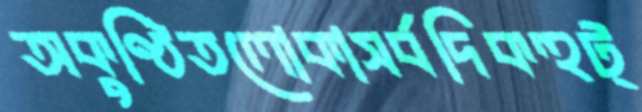
অকুণ্ঠিতলোকাসর্বদিকহুট্‌